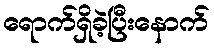
ရောက်ရှိခဲ့ပြီးနောက်